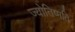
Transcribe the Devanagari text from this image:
ज्योतिष्मति